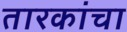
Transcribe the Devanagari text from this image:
तारकांचा